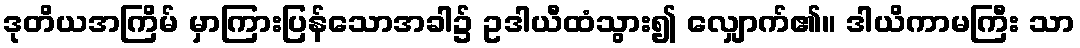
ဒုတိယအကြိမ် မှာကြားပြန်သောအခါ၌ ဥဒါယီထံသွား၍ လျှောက်၏။ ဒါယိကာမကြီး သာ